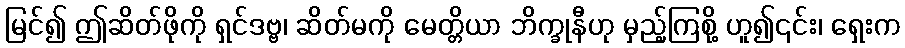
မြင်၍ ဤဆိတ်ဖိုကို ရှင်ဒဗ္ဗ၊ ဆိတ်မကို မေတ္တိယာ ဘိက္ခုနီဟု မှည့်ကြစို့ ဟူ၍၎င်း၊ ရှေးက